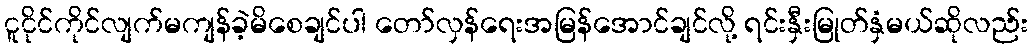
ငူငိုင်ကိုင်လျက်မကျန်ခဲ့မိစေချင်ပါ တော်လှန်ရေးအမြန်အောင်ချင်လို့ ရင်းနှီးမြုတ်နှံမယ်ဆိုလည်း